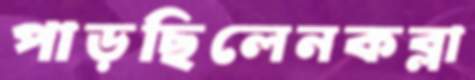
পাড়ছিলেনকব্‌লা